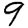
Digit: 9